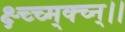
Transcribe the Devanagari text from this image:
क्ष्च्च्म्क्च्न्।।